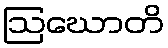
ဩဃောတိ